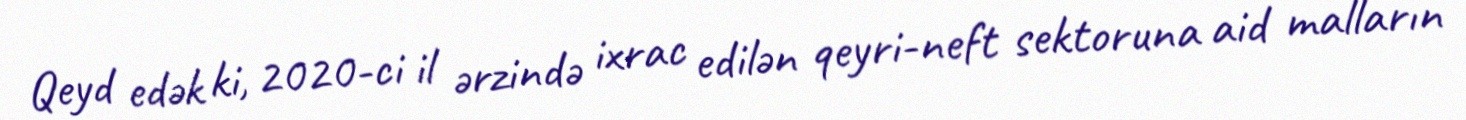
Qeyd edək ki, 2020-ci il ərzində ixrac edilən qeyri-neft sektoruna aid malların